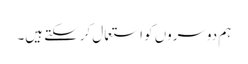
ہم دوسروں کو استعمال کرسکتے ہیں۔